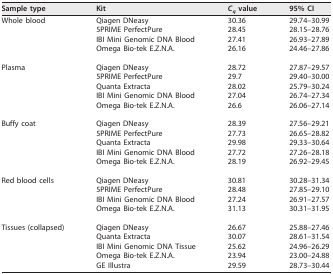
<table><thead><tr><td><b>Sample type</b></td><td><b>Kit</b></td><td><b><i>C<sub>q</sub></i> value</b></td><td><b>95% CI</b></td></tr></thead><tbody><tr><td>Whole blood</td><td>Qiagen DNeasy</td><td>30.36</td><td>29.74–30.99</td></tr><tr><td></td><td>5PRIME PerfectPure</td><td>28.45</td><td>28.15–28.76</td></tr><tr><td></td><td>IBI Mini Genomic DNA Blood</td><td>27.41</td><td>26.93–27.89</td></tr><tr><td></td><td>Omega Bio-tek E.Z.N.A.</td><td>26.16</td><td>24.46–27.86</td></tr><tr><td>Plasma</td><td>Qiagen DNeasy</td><td>28.72</td><td>27.87–29.57</td></tr><tr><td></td><td>5PRIME PerfectPure</td><td>29.7</td><td>29.40–30.00</td></tr><tr><td></td><td>Quanta Extracta</td><td>28.02</td><td>25.79–30.24</td></tr><tr><td></td><td>IBI Mini Genomic DNA Blood</td><td>27.04</td><td>26.74–27.34</td></tr><tr><td></td><td>Omega Bio-tek E.Z.N.A.</td><td>26.6</td><td>26.06–27.14</td></tr><tr><td>Buffy coat</td><td>Qiagen DNeasy</td><td>28.39</td><td>27.56–29.21</td></tr><tr><td></td><td>5PRIME PerfectPure</td><td>27.73</td><td>26.65–28.82</td></tr><tr><td></td><td>Quanta Extracta</td><td>29.98</td><td>29.33–30.64</td></tr><tr><td></td><td>IBI Mini Genomic DNA Blood</td><td>27.72</td><td>27.26–28.18</td></tr><tr><td></td><td>Omega Bio-tek E.Z.N.A.</td><td>28.19</td><td>26.92–29.45</td></tr><tr><td>Red blood cells</td><td>Qiagen DNeasy</td><td>30.81</td><td>30.28–31.34</td></tr><tr><td></td><td>5PRIME PerfectPure</td><td>28.48</td><td>27.85–29.10</td></tr><tr><td></td><td>IBI Mini Genomic DNA Blood</td><td>27.24</td><td>26.91–27.57</td></tr><tr><td></td><td>Omega Bio-tek E.Z.N.A.</td><td>31.13</td><td>30.31–31.95</td></tr><tr><td>Tissues (collapsed)</td><td>Qiagen DNeasy</td><td>26.67</td><td>25.88–27.46</td></tr><tr><td></td><td>Quanta Extracta</td><td>30.07</td><td>28.61–31.54</td></tr><tr><td></td><td>IBI Mini Genomic DNA Tissue</td><td>25.62</td><td>24.96–26.29</td></tr><tr><td></td><td>Omega Bio-tek E.Z.N.A.</td><td>23.94</td><td>23.00–24.88</td></tr><tr><td></td><td>GE Illustra</td><td>29.59</td><td>28.73–30.44</td></tr></tbody></table>